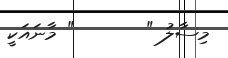
މިސާލު "       " މާނައަކީ